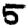
Digit: 5